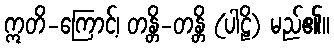
ဣတိ-ကြောင့်၊ တန္တိ-တန္တိ (ပါဠိ) မည်၏။